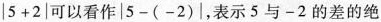
$$|5+2|$$可以看作$$|5-(-2)|$$，表示5与-2的差的绝